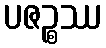
ပဇဉ္စဿ